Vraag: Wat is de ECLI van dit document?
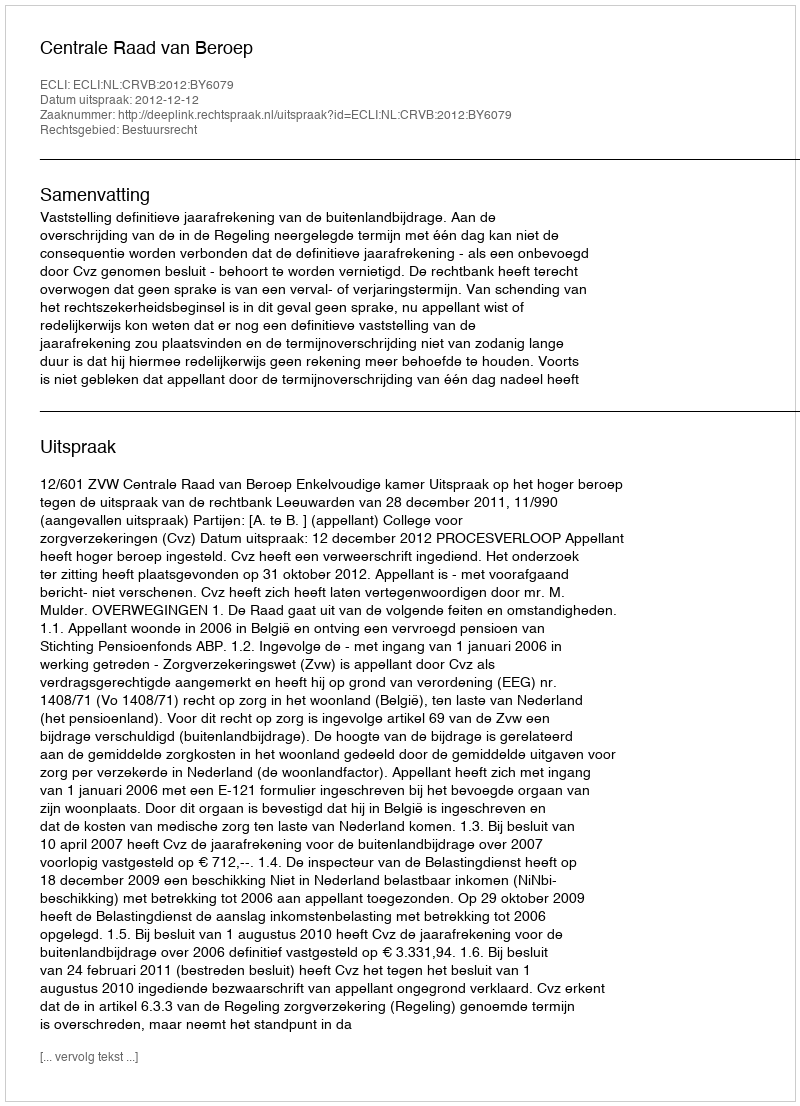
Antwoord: ECLI:NL:CRVB:2012:BY6079